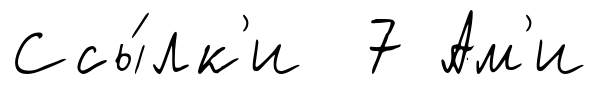
Ссы́лк'и 7 Ам'и